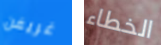
غريفن الخطاء